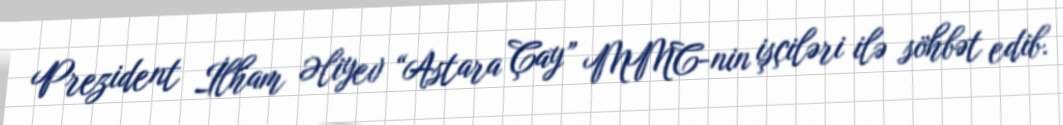
Prezident İlham Əliyev “Astara Çay” MMC-nin işçiləri ilə söhbət edib.